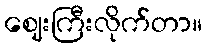
ဈေးကြီးလိုက်တာ။